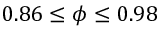
0 . 8 6 \le \phi \le 0 . 9 8